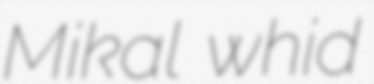
Mikal whid